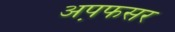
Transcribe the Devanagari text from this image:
अप़फसर